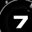
Digit: 7